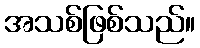
အသစ်ဖြစ်သည်။